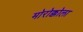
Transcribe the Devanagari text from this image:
मोरोक्कोला